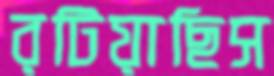
রটিয়াছিস